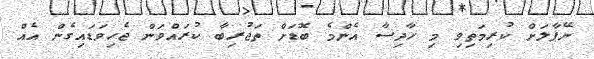
ނޭޕާލަށް ކުރިމަތިވި މި ހާދިސާ އެންމެ ބޮޑަށް ތަޖުރިބާ ކުރައްވަން ޖެހިވަޑައިގެން އެއް